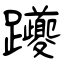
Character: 躨